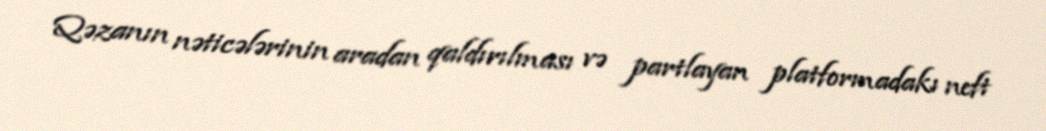
Qəzanın nəticələrinin aradan qaldırılması və partlayan platformadakı neft